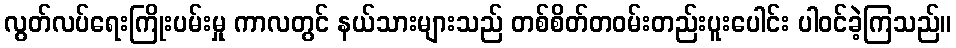
လွတ်လပ်ရေးကြိုးပမ်းမှု ကာလတွင် နယ်သားများသည် တစ်စိတ်တဝမ်းတည်းပူးပေါင်း ပါဝင်ခဲ့ကြသည်။